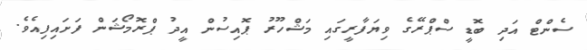
ސެންޓް އަދި ބޮޑީ ސްޕްރޭގެ ވިޔަފާރީގައި މަޝްހޫރު ޕޮއިސުން އީދު ޕްރޮމޯޝަން ފަށައިފިއެވެ.